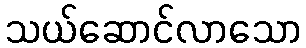
သယ်ဆောင်လာသော